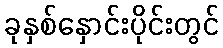
ခုနှစ်နှောင်းပိုင်းတွင်